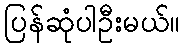
ပြန်ဆုံပါဦးမယ်။